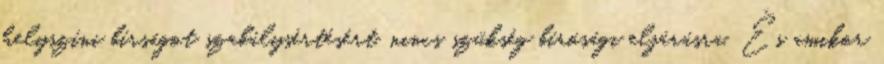
helyszíni bírságot szabálysértésért, nincs szükség bírósági eljárásra. És amikor